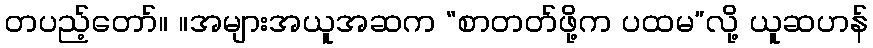
တပည့်တော်။ ။အများအယူအဆက “စာတတ်ဖို့က ပထမ”လို့ ယူဆဟန်